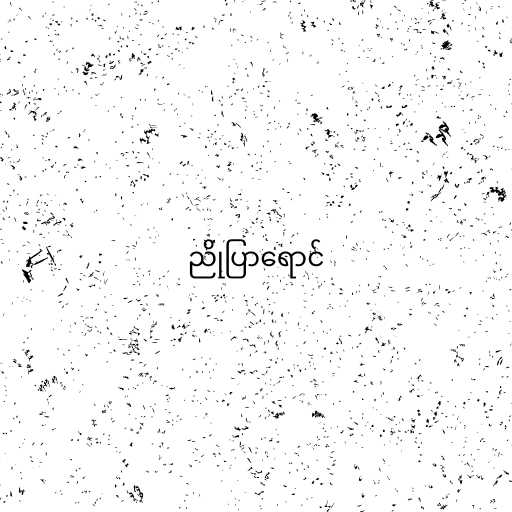
ညိုပြာရောင်